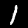
Label: 1